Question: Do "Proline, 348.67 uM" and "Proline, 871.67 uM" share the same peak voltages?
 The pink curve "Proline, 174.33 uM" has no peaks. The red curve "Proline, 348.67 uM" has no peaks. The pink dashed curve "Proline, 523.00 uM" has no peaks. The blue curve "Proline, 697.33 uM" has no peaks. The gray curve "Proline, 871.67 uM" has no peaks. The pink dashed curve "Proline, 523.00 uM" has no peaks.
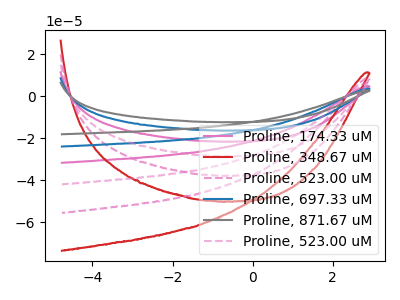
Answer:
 <answer>Niether CV has any peaks.</answer>
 <eval>blanks</eval>